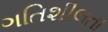
ગતિશીલતા